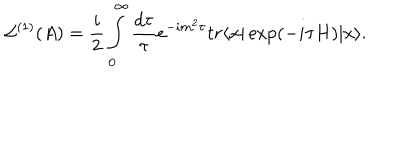
{ \cal L } ^ { ( 1 ) } ( A ) = \frac { i } { 2 } \int _ { 0 } ^ { \infty } \frac { d \tau } { \tau } e ^ { - i m ^ { 2 } \tau } t r \langle x | \exp ( - i \tau H ) | x \rangle .